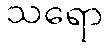
သရော